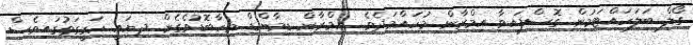
ގޯލް ބަލަހައްޓަމުން ގޮސްފައިވާ އިމްރާން މުހައްމަދެވެ. އިމްރާން ޑިމާންޑް މިހާބޮޑުވެގެން ދިޔައީ ހަގީގަތުގައިވެސް